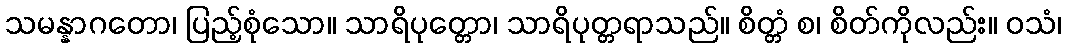
သမန္နာဂတော၊ ပြည့်စုံသော။ သာရိပုတ္တော၊ သာရိပုတ္တရာသည်။ စိတ္တံ စ၊ စိတ်ကိုလည်း။ ဝသံ၊